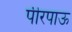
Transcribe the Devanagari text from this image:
पीरपाऊ